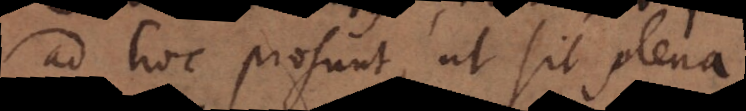
ad hoc prosunt, ut sit plena